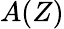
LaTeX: A(Z)